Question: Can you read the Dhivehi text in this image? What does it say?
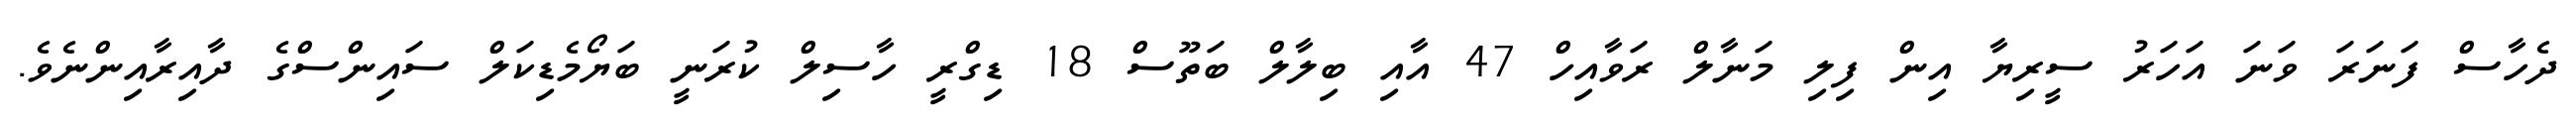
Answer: ދެހާސް ފަނަރަ ވަނަ އަހަރު ސީރިޔާ އިން ފިލި މަނާލް ރަވާއިހް 47 އާއި ބިލާލް ބަތޫސް 18 ޑިގްރީ ހާސިލް ކުރަނީ ބަޔޯމެޑިކަލް ސައިންސްގެ ދާއިރާއިންނެވެ.